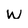
Character: w